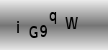
Text: iG9qW